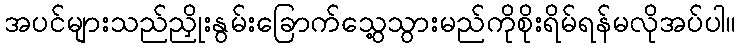
အပင်များသည်ညှိုးနွမ်းခြောက်သွေ့သွားမည်ကိုစိုးရိမ်ရန်မလိုအပ်ပါ။